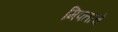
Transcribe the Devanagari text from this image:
मिफ्ताचे